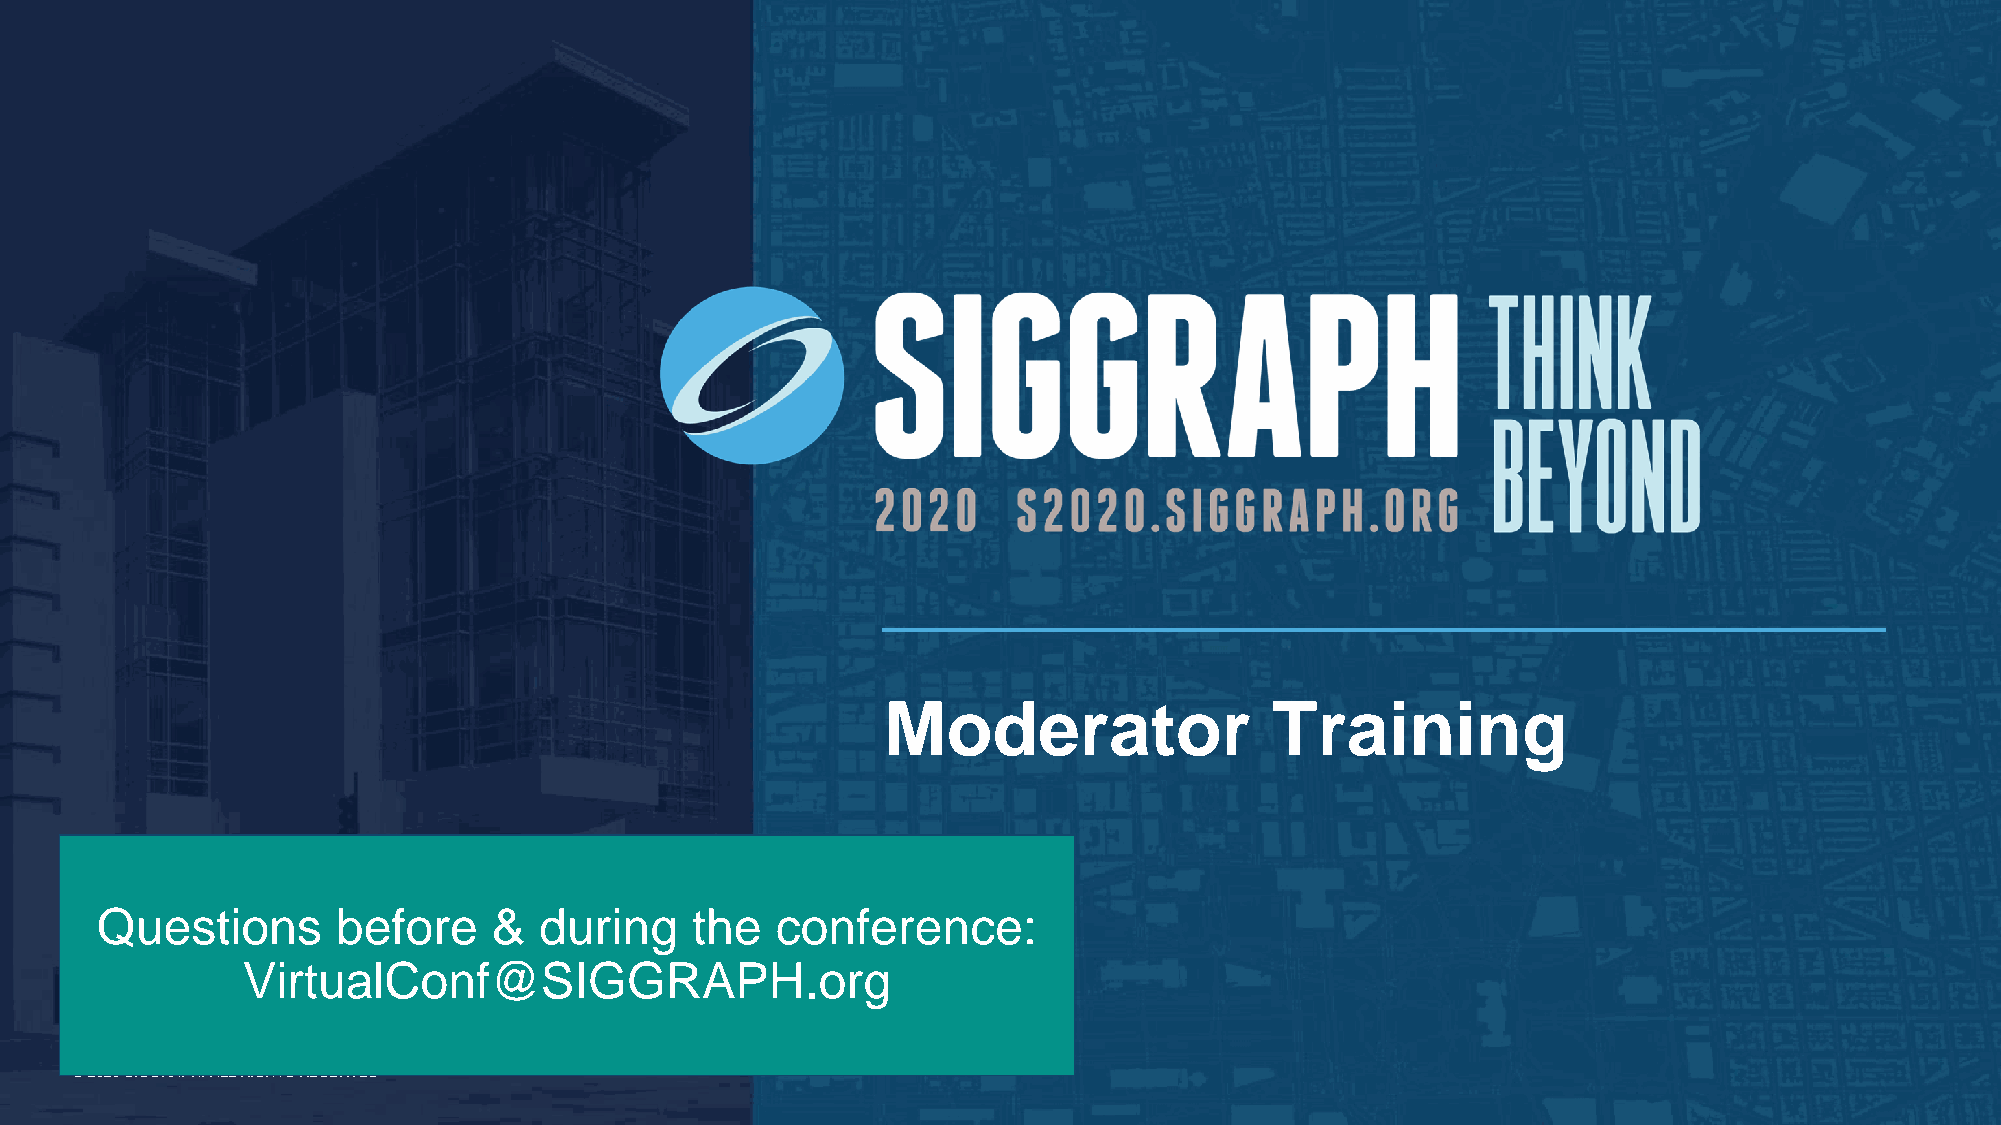
Moderator                Training
 Questions       before     &  during    the  conference:
 VirtualConf@SIGGRAPH.org
 © 2020 SIGGRAPH. ALL RIGHTS RESERVED